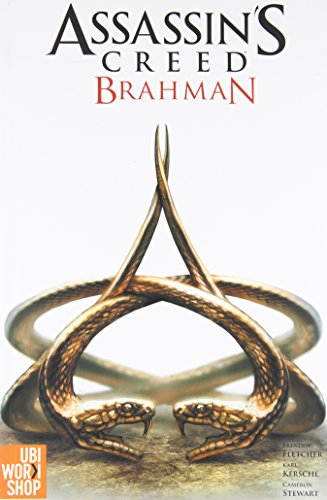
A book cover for Assassin's Creed: Brahman GN; Cameron Stewart; Comics & Graphic Novels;